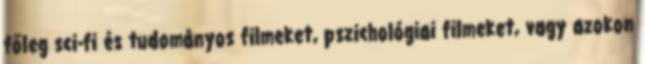
főleg sci-fi és tudományos filmeket, pszichológiai filmeket, vagy azokon